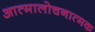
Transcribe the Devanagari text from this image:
आत्मालोचनात्मक